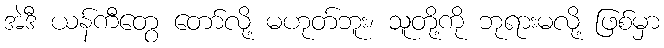
အဲဒီ ယန်ကီတွေ တော်လို့ မဟုတ်ဘူး၊ သူတို့ကို ဘုရားမလို့ ဖြစ်မှာ